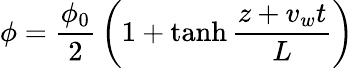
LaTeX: \phi={\frac{\phi_{0}}{2}}\left(1+\operatorname{tanh}{\frac{z+v_{w}t}{L}}\right)